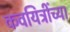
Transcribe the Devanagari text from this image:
कवयित्रींच्या